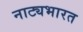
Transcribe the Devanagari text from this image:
नाट्यभारत